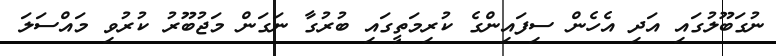
ނުގަބޫލުގައި އަދި އެހެން ސިފައިންގެ ކުރިމަތީގައި ބުރުގާ ނަގަން މަޖުބޫރު ކުރުވި މައްސަލަ